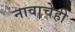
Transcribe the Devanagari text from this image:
नावाचेही